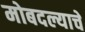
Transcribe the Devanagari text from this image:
मोबदल्याचे